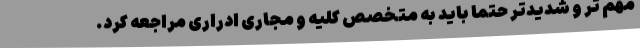
مهم تر و شدیدتر حتما باید به متخصص کلیه و مجاری ادراری مراجعه کرد.